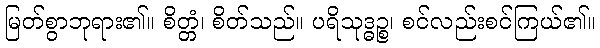
မြတ်စွာဘုရား၏။ စိတ္တံ၊ စိတ်သည်။ ပရိသုဒ္ဓဉ္စ၊ စင်လည်းစင်ကြယ်၏။